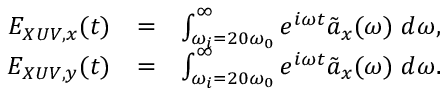
\begin{array} { r l r } { E _ { X U V , x } ( t ) } & { = } & { \int _ { \omega _ { i } = 2 0 \omega _ { 0 } } ^ { \infty } e ^ { i \omega t } \tilde { a } _ { x } ( \omega ) \; d \omega , } \\ { E _ { X U V , y } ( t ) } & { = } & { \int _ { \omega _ { i } = 2 0 \omega _ { 0 } } ^ { \infty } e ^ { i \omega t } \tilde { a } _ { x } ( \omega ) \; d \omega . } \end{array}